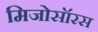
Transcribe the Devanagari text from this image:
मिजोसॉरस